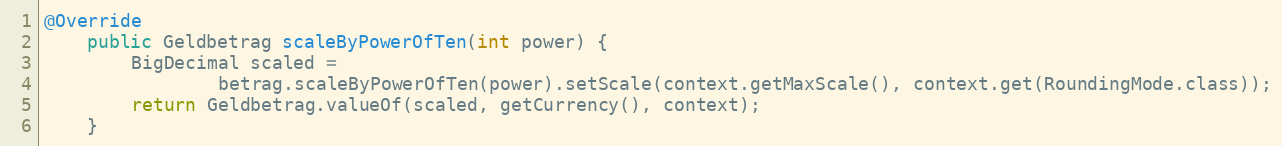
Language: Java
@Override
    public Geldbetrag scaleByPowerOfTen(int power) {
        BigDecimal scaled =
                betrag.scaleByPowerOfTen(power).setScale(context.getMaxScale(), context.get(RoundingMode.class));
        return Geldbetrag.valueOf(scaled, getCurrency(), context);
    }